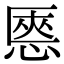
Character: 㥦